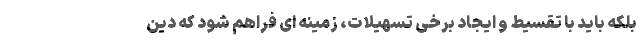
بلکه باید با تقسیط و ایجاد برخی تسهیلات، زمینه ای فراهم شود که دِین